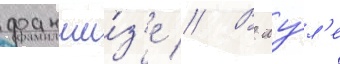
франши́з'е // В иу́л'е